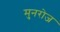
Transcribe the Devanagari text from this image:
मुनरोज